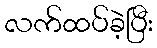
လက်ထပ်ခဲ့ပြီး